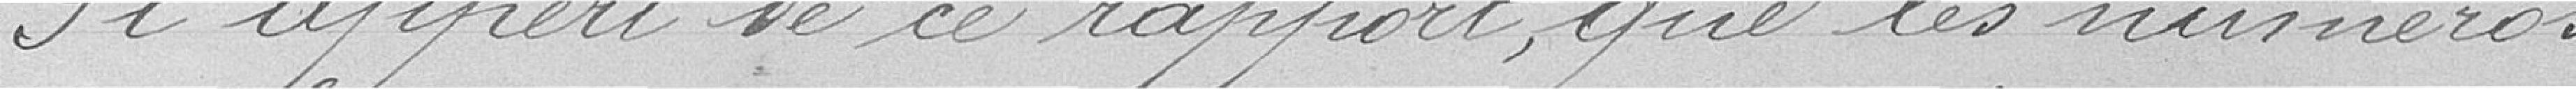
Il apparait de ce rapport, que les numéros